Report on the working of the mental hospitals for Indians in Bihar and Orissa - 1925-1929
Year: 1925
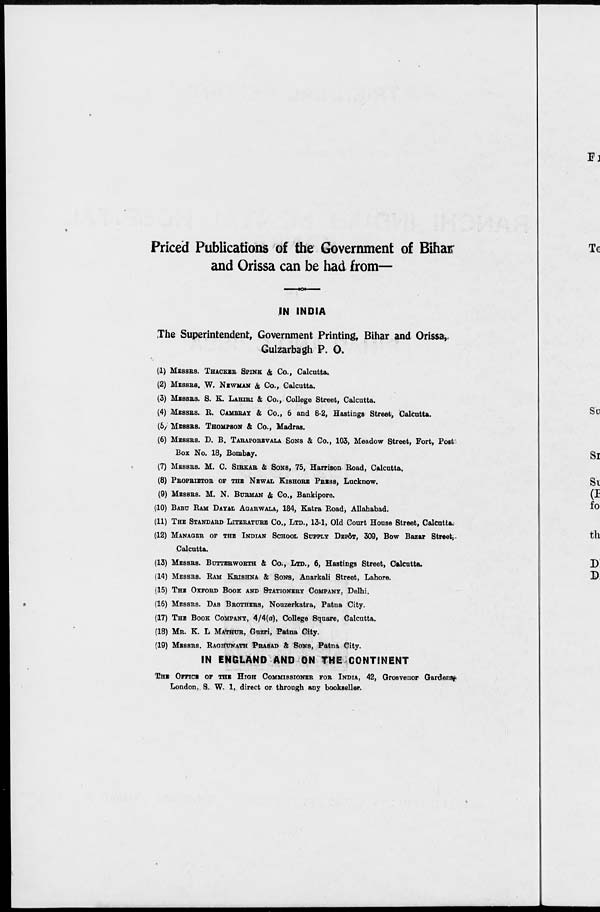
Priced Publications of the Government of Bihar
and Orissa can be had from—
IN INDIA
The Superintendent, Government Printing, Bihar and Orissa,
Gulzarbagh P. O.
(1) MESSRS. THACKER SPINK & Co., Calcutta.
(2) MESSRS. W. NEWMAN & Co., Calcutta.
(3) MESSRS. S. K. LAHIRI & Co., College Street, Calcutta.
(4) MESSRS. R. CAMBRAY & Co., 6 and 8-2, Hastings Street, Calcutta.
(5) MESSRS. THOMPSON & Co., Madras.
(6) MESSRS. D. B. TARAPOREVALA SONS & Co., 103, Meadow Street, Fort, Post
Box No. 18, Bombay.
(7) MESSRS. M. C. SIRKAR & SONS, 75, Harrison Road, Calcutta.
(8) PROPRIETOR OF THE NEWAL KISHORE PRESS, Lucknow.
(9) MESSRS. M. N. BURMAN & Co., Bankipore.
(10) BABU RAM DAYAL AGARWALA, 184, Katra Road, Allahabad.
(11) THE STANDARD LITERATURE Co., LTD., 13-1, Old Court House Street, Calcutta.
(12) MANAGER OF THE INDIAN SCHOOL SUPPLY DEPÔT, 309, Bow Bazar Street,
Calcutta.
(13) MESSRS. BUTTERWORTH & Co., LTD., 6, Hastings Street, Calcutta.
(14) MESSRS. RAM KRISHNA & SONS, Anarkali Street, Lahore.
(15) THE OXFORD BOOK AND STATIONERY COMPANY, Delhi.
(16) MESSRS. DAS BROTHERS, Nouzerkatra, Patna City.
(17) THE BOOK COMPANY, 4/4(a), College Square, Calcutta.
(18) MR. K. L MATHUR, Guzri, Patna City.
(19) MESSRS. RAGHUNATH PRASAD & SONS, Patna City.
IN ENGLAND AND ON THE CONTINENT
THE OFFICE OF THE HIGH COMMISSIONER FOR INDIA, 42, Grosvenor Gardens
London, S. W. 1, direct or through any bookseller.